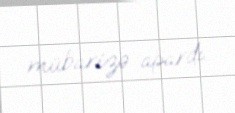
mübarizə apardı.